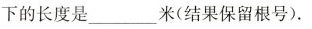
下的长度是___米(结果保留根号)。